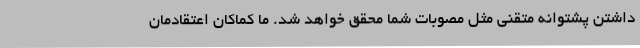
داشتن پشتوانه متقنی مثل مصوبات شما محقق خواهد شد. ما کماکان اعتقادمان